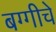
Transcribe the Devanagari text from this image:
बग्गीचे